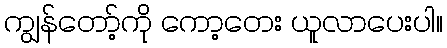
ကျွန်တော့်ကို ကော့တေး ယူလာပေးပါ။